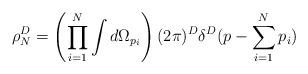
LaTeX: \begin{align*}\rho_N^D = \left(\prod_{i=1}^N\int d\Omega_{p_i}\right)(2\pi)^D\delta^D (p-\sum_{i=1}^N p_i)\end{align*}